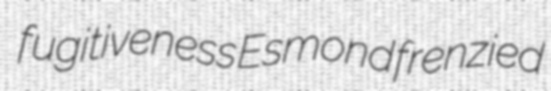
fugitiveness Esmond frenzied